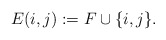
\begin{align*}E(i,j) := F\cup \{ i,j\}.\end{align*}